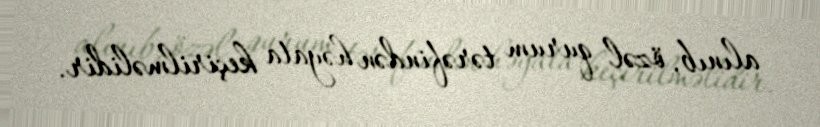
alınıb, özəl qurum tərəfindən həyata keçirilməlidir.